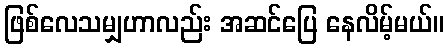
ဖြစ်လေသမျှဟာလည်း အဆင်ပြေ နေလိမ့်မယ်။